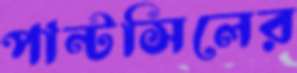
পান্টসিলের